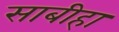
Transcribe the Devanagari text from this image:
साबीहा